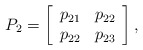
\begin{align*}P_{2}=\left[\begin{array}[c]{cc}p_{21} & p_{22}\\p_{22} & p_{23}\end{array}\right] ,\end{align*}